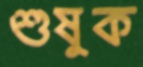
শুষুক